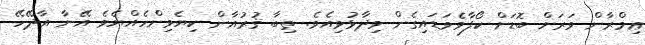
ޢިމްރާން ވަރަށް ބޮޑަށް ކޯފާވެވަޑައިގެން ވިދާޅުވިއެވެ. ތިބާ ޤުރުއާން ކިޔެވިންހެއްޔެވެ އޭނާ އާދޭހޭ